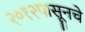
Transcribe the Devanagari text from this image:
२०१२पासूनचे